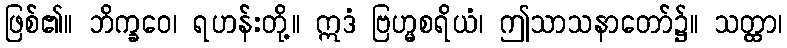
ဖြစ်၏။ ဘိက္ခဝေ၊ ရဟန်းတို့။ ဣဒံ ဗြဟ္မစရိယံ၊ ဤသာသနာတော်၌။ သတ္ထာ၊